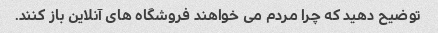
توضیح دهید که چرا مردم می خواهند فروشگاه های آنلاین باز کنند.